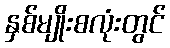
နှစ်မျိုးစလုံးတွင်